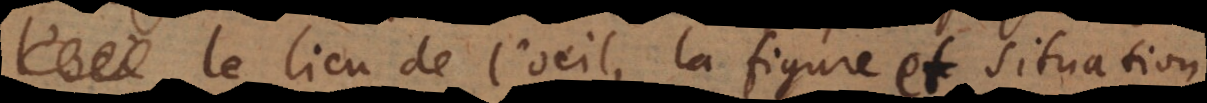
l’oeil le lieu de l’oeil, la figure et situation